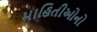
માહિતીઓનો